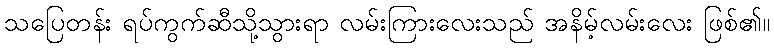
သပြေတန်း ရပ်ကွက်ဆီသို့သွားရာ လမ်းကြားလေးသည် အနိမ့်လမ်းလေး ဖြစ်၏။